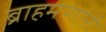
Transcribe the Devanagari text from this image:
ब्राहमणांनी